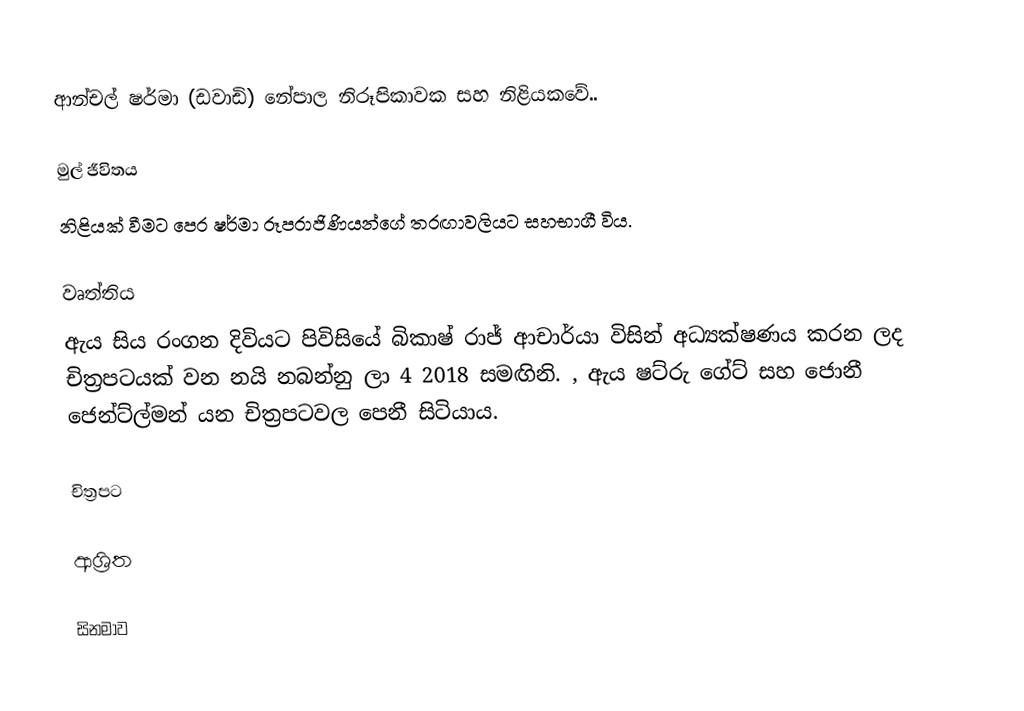
ආන්චල් ෂර්මා (ඩවාඩි) නේපාල නිරූපිකාවක සහ නිළියකවේ..

මුල් ජීවිතය
නිළියක් වීමට පෙර ෂර්මා රූපරාජිණියන්ගේ තරඟාවලියට සහභාගී විය.

වෘත්තිය
ඇය සිය රංගන දිවියට පිවිසියේ බිකාෂ් රාජ් ආචාර්යා විසින් අධ්‍යක්ෂණය කරන ලද චිත්‍රපටයක් වන නයි නබන්නු ලා 4 2018 සමඟිනි. , ඇය ෂට්රු ගේට් සහ ජොනී ජෙන්ට්ල්මන් යන චිත්‍රපටවල පෙනී සිටියාය.

චිත්‍රපට

ආශ්‍රිත

සිනමාව